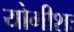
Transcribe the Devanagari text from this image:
योगीशः